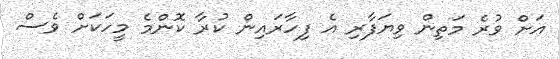
އަށް ވުރެ މަތިން ވިޔަފާރި އެ ފިހާރައިން ކުރާ ކޮންމެ މީހަކަށް ވެސް